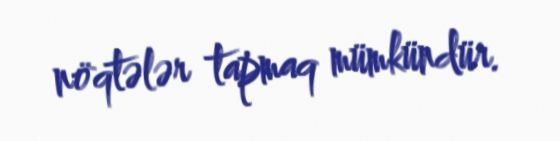
nöqtələr tapmaq mümkündür.